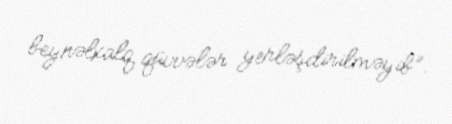
beynəlxalq qüvvələr yerləşdirilməyib”.